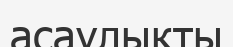
асаулықты